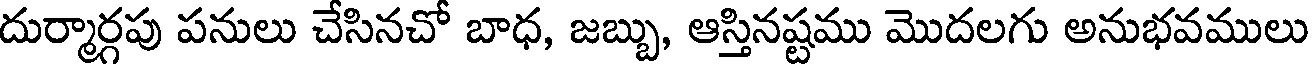
దుర్మార్గపు పనులు చేసినచో బాధ, జబ్బు, ఆస్తినష్టము మొదలగు అనుభవములు